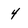
Character: 4